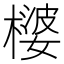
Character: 𪳪